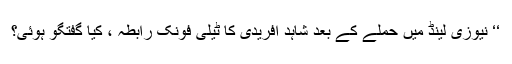
‘‘ نیوزی لینڈ میں حملے کے بعد شاہد آفریدی کا ٹیلی فونک رابطہ ، کیا گفتگو ہوئی؟